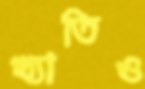
খ্যাতিও